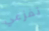
تفزعي